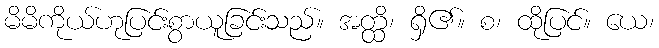
မိမိကိုယ်ဟုပြင်းစွာယူခြင်းသည်။ အတ္ထိ၊ ရှိ၏။ စ၊ ထိုပြင်။ ယေ၊